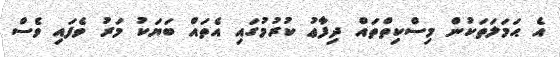
އެ ޙަމަލަތަކުން މިސްކިތްތައް ދިފާޢު ކުރުމުގައި އެތައް ބަޔަކު މަރު ވެފައި ވެސް